Civil Veterinary Department Bihar & Orissa reports 1922-29 - 1922-1929
Year: 1922
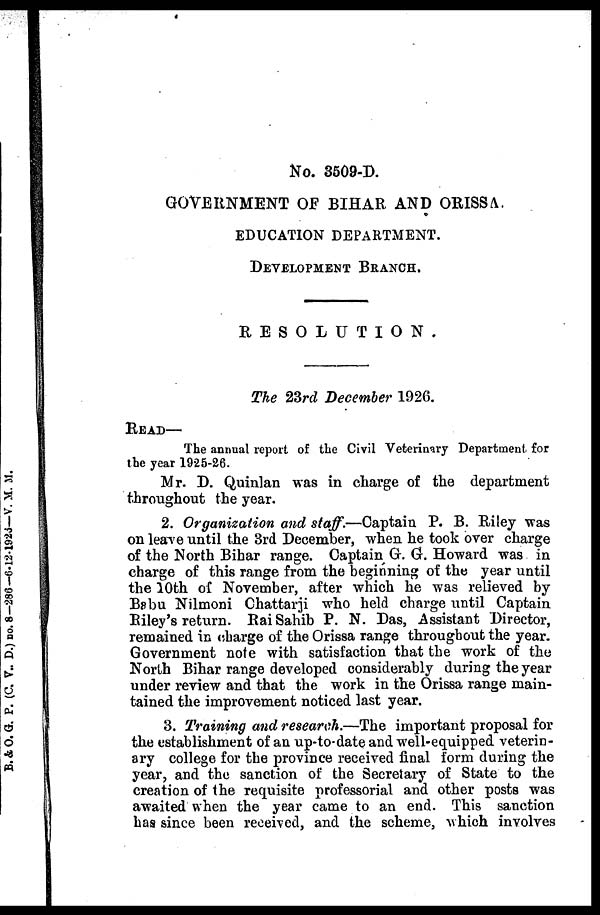
No. 3509-33.
GOVERNMENT OF BIHAR AND ORISSA.
EDUCATION DEPARTMENT.
DEVELOPMENT
BRANCH.
RESOLUTION.
The 23rd December 1926.
READ—
The annual report of the Civil Veterinary Department for
the year 1925-26.
Mr. D. Quinlan was in charge of the department
throughout the year.
2. Organization and staff.—Captain P. B. Riley was
on leave until the 3rd December, when he took over charge
of the North Bihar range. Captain G. G. Howard was in
charge of this range from the beginning of the year until
the 10th of November, after which he was relieved by
Babu Nilmoni Chattarji who held charge until Captain
Riley's return. Rai Sahib P. N. Das, Assistant "Director,
remained in charge of the Orissa range througbout the year.
Government note with satisfaction that the work of the
North Bihar range developed considerably during the year
under review and that the work in the Orissa range main-
tained the improvement noticed last year.
3. Training and research.—The important proposal for
the establishment of an up-to-date and well-equipped veterin-
ary college for the province received final form during the
year, and the sanction of the Secretary of State to the
creation of the requisite professorial and other posts was
awaited when the year came to an end. This sanction
has since been received, and the scheme, which involves